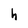
Character: h